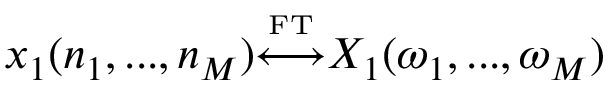
x _ { 1 } ( n _ { 1 } , . . . , n _ { M } ) { \overset { \underset { \mathrm { F T } } { } } { \longleftrightarrow } } X _ { 1 } ( \omega _ { 1 } , . . . , \omega _ { M } )